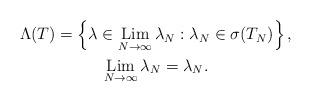
LaTeX: \begin{align*} \begin{gathered} \Lambda(T) = \left\{ \lambda\in\displaystyle\mathop{\operatorname{Lim}}_{N\to\infty}\lambda_N : \lambda_N\in\sigma(T_N) \right\}, \\ \mathop{\operatorname{Lim}}_{N\to\infty}\lambda_N = \lambda_N. \end{gathered} \end{align*}